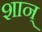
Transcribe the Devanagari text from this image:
शान्